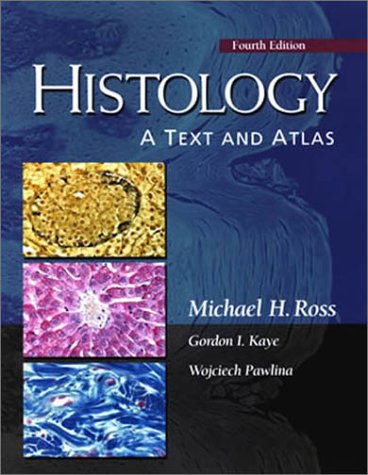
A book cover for Histology: A Text and Atlas; Michael H. Ross; Medical Books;